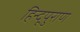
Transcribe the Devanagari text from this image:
हिन्दूपुराण